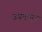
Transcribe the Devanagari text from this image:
उपमानो